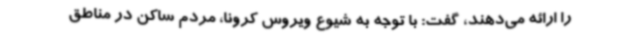
را ارائه می‌دهند، گفت: با توجه به شیوع ویروس کرونا، مردم ساکن در مناطق